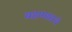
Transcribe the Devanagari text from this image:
बहामासचे